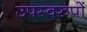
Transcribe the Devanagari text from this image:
उपस्वरुपों